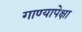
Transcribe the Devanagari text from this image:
गाण्यापेक्षा